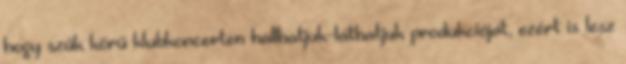
hogy szűk körű klubkoncerten hallhatjuk-láthatjuk produkcióját, ezért is lesz